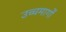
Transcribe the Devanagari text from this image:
उच्चमार्गों